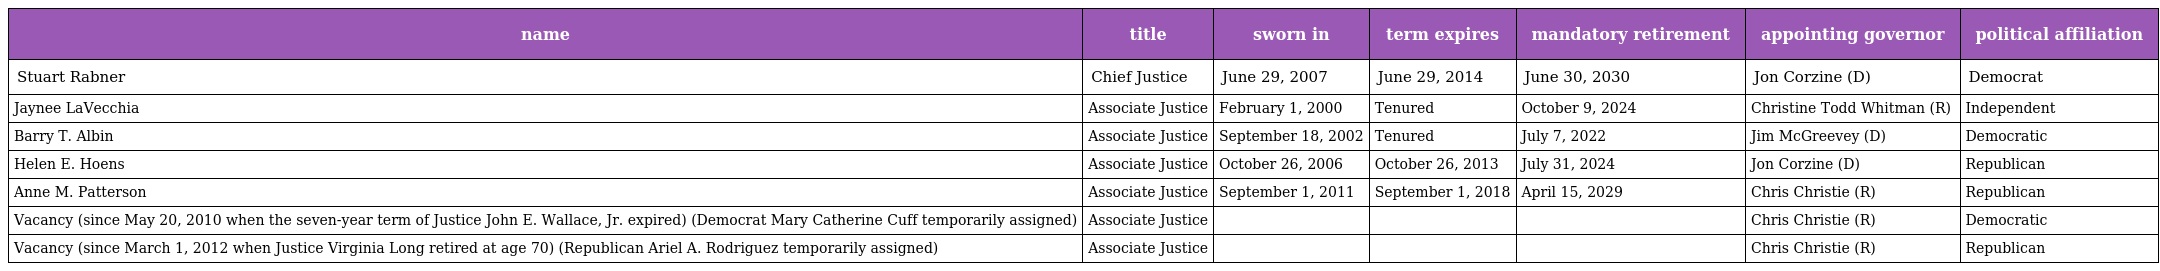
| name | title | sworn in | term expires | mandatory retirement | appointing governor | political affiliation |
 | --- | --- | --- | --- | --- | --- | --- |
 | Stuart Rabner | Chief Justice | June 29, 2007 | June 29, 2014 | June 30, 2030 | Jon Corzine (D) | Democrat |
 | Jaynee LaVecchia | Associate Justice | February 1, 2000 | Tenured | October 9, 2024 | Christine Todd Whitman (R) | Independent |
 | Barry T. Albin | Associate Justice | September 18, 2002 | Tenured | July 7, 2022 | Jim McGreevey (D) | Democratic |
 | Helen E. Hoens | Associate Justice | October 26, 2006 | October 26, 2013 | July 31, 2024 | Jon Corzine (D) | Republican |
 | Anne M. Patterson | Associate Justice | September 1, 2011 | September 1, 2018 | April 15, 2029 | Chris Christie (R) | Republican |
 | Vacancy (since May 20, 2010 when the seven-year term of Justice John E. Wallace, Jr. expired) (Democrat Mary Catherine Cuff temporarily assigned) | Associate Justice |  |  |  | Chris Christie (R) | Democratic |
 | Vacancy (since March 1, 2012 when Justice Virginia Long retired at age 70) (Republican Ariel A. Rodriguez temporarily assigned) | Associate Justice |  |  |  | Chris Christie (R) | Republican |